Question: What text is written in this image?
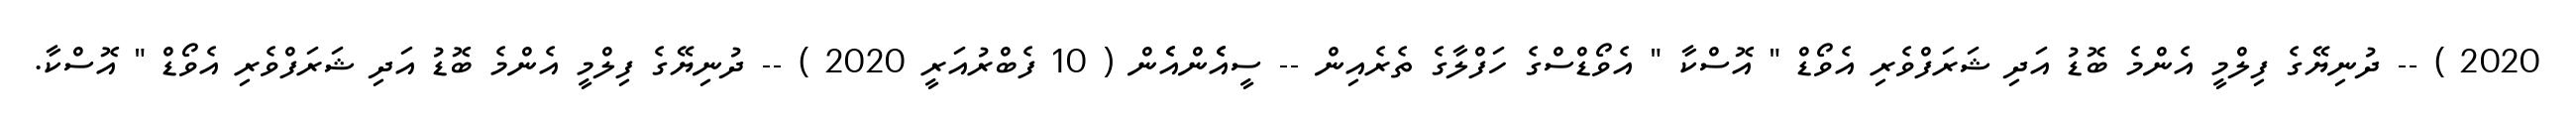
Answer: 2020 ) -- ދުނިޔޭގެ ފިލްމީ އެންމެ ބޮޑު އަދި ޝަރަފްވެރި އެވޯޑް " އޮސްކާ " އެވޯޑްސްގެ ހަފްލާގެ ތެރެއިން -- ސީއެެންއެެން ( 10 ފެބްރުއަރީ 2020 ) -- ދުނިޔޭގެ ފިލްމީ އެންމެ ބޮޑު އަދި ޝަރަފްވެރި އެވޯޑް " އޮސްކާ.